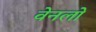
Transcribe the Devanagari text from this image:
वेनलो